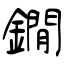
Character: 鐗